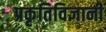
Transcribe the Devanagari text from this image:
प्रकृतिविज्ञानी